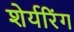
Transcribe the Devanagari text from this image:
शेर्यरिंग